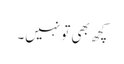
کچھ بھی تو نہیں۔